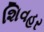
શિવહર